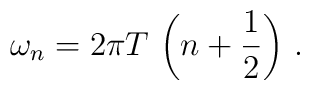
\omega_n = 2 \pi T \,\left( n + {1 \over 2} \right)   \,.